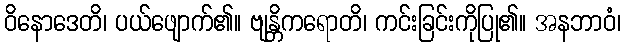
ဝိနောဒေတိ၊ ပယ်ဖျောက်၏။ ဗျန္တိကရောတိ၊ ကင်းခြင်းကိုပြု၏။ အနဘာဝံ၊